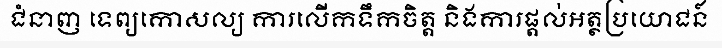
ជំនាញ ទេព្យកោសល្យ ការលើកទឹកចិត្ត និងការផ្តល់អត្ថប្រយោជន៍